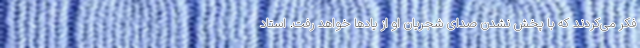
فکر می‌کردند که با پخش نشدن صدای شجریان او از یادها خواهد رفت. استاد